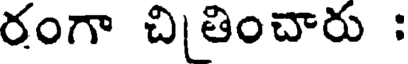
రంగా చితించారు :